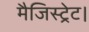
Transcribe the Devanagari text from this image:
मैजिस्ट्रेट।